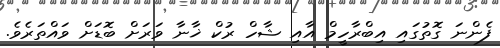
ފެންނަ ގޮތުގައި އިބްރާހީމް އާއި ޝާހް ރުކް ޚާނާ ވަރަށް ބޮޑަށް ވައްތަރެވެ.